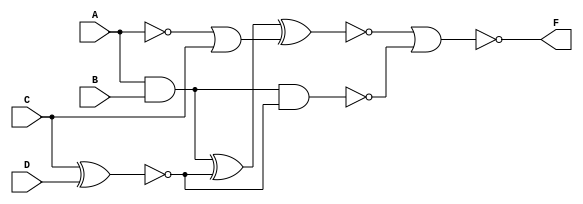
module Circuit1 (A,B,C,D,F);
//input output
	input A,B,C,D ;
	output F;
	wire w1,w2,w3,w4,w5;
//gates
	and G1 (w1,A,B);
	xnor G2 (w2,C,D);
	or G3 (w3,~A,C);
	xnor G4 (w4,w1,w2,w3);
	nand G5 (w5,w1,w2);
	nor G6 (F,w4,w5);
endmodule